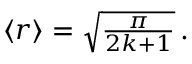
\begin{array} { r } { \left\langle r \right\rangle = \sqrt { \frac { \pi } { 2 k + 1 } } \, . } \end{array}